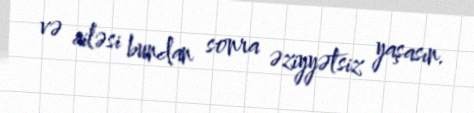
və ailəsi bundan sonra əziyyətsiz yaşasın.